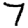
Digit: 7